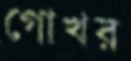
গোখর